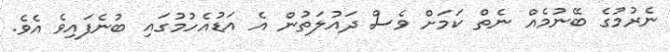
ނެރުމުގެ ބޭނުމެއް ނެތް ކަމަށް ވެސް ދައުލަތުން އެ އަޑުއެހުމުގައި ބުނެފައިވެ އެވެ.